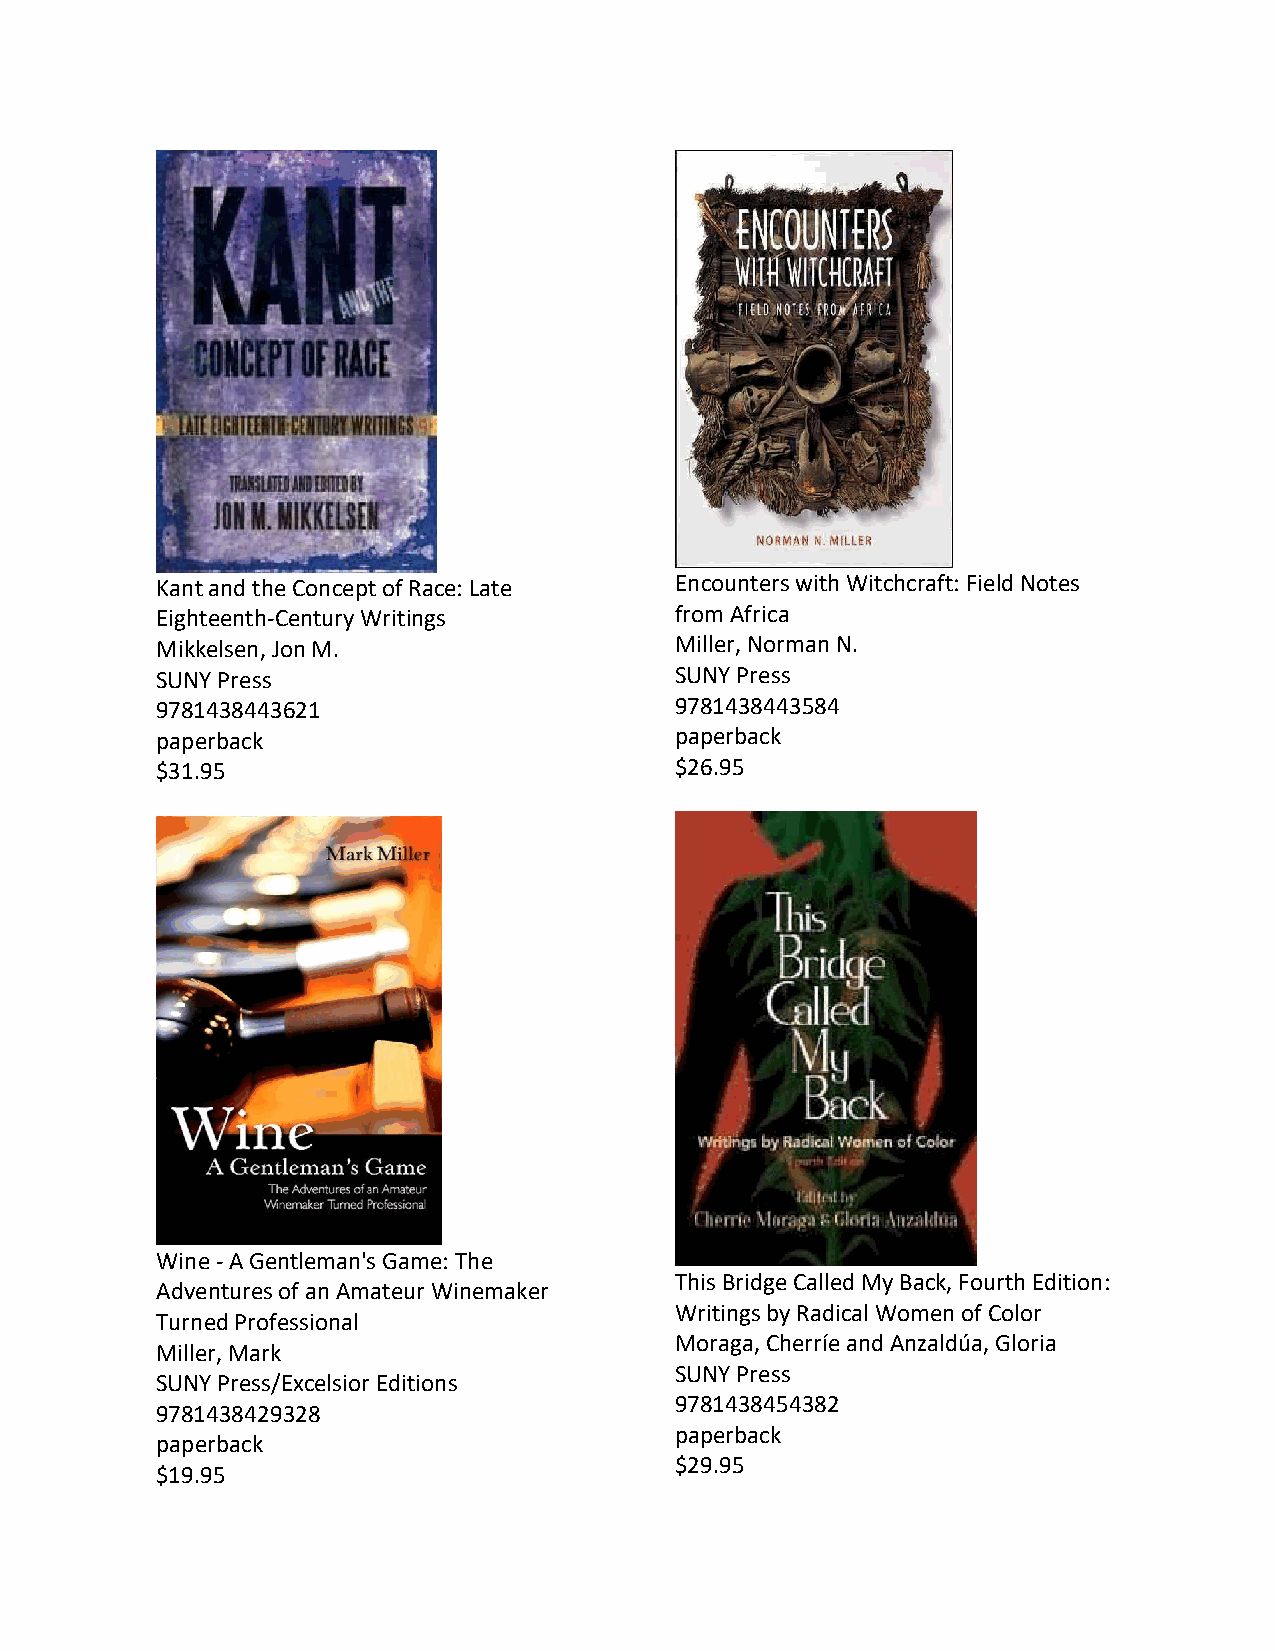
Kant and the Concept of Race: Late Encounters with Witchcraft: Field Notes
 Eighteenth-Century Writings        from Africa
 Mikkelsen, Jon M.                  Miller, Norman N.
 SUNY Press                         SUNY Press
 9781438443621                      9781438443584
 paperback                          paperback
 $31.95                             $26.95
 Wine - A Gentleman's Game: The
 This Bridge Called My Back, Fourth Edition:
 Adventures of an Amateur Winemaker
 Writings by Radical Women of Color
 Turned Professional
 Moraga, Cherríe and Anzaldúa, Gloria
 Miller, Mark
 SUNY Press
 SUNY Press/Excelsior Editions
 9781438454382
 9781438429328
 paperback
 paperback
 $29.95
 $19.95